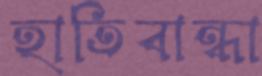
হাতিবান্ধা